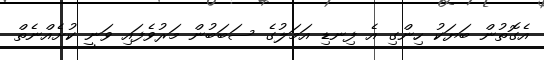
އެގޮތުން ބަޔަކު ހިންގި އެ ފިނޑި އަމަލުގެ ސަބަބުން މަރުވެފައި ވަނީ ކުށެއްނެތް